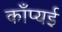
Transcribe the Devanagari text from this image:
काँप्यई